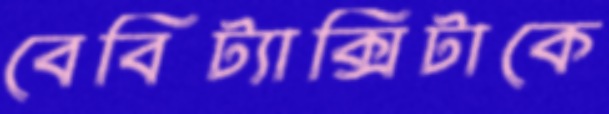
বেবিট্যাক্সিটাকে